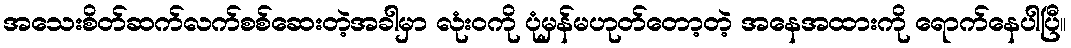
အသေးစိတ်ဆက်လက်စစ်ဆေးတဲ့အခါမှာ လုံးဝကို ပုံမှန်မဟုတ်တော့တဲ့ အနေအထားကို ရောက်နေပါပြီ။